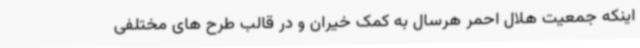
اینکه جمعیت هلال احمر هرسال به کمک خیران و در قالب طرح های مختلفی